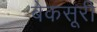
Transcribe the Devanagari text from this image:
बेकसूरी